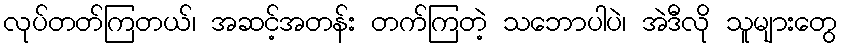
လုပ်တတ်ကြတယ်၊ အဆင့်အတန်း တက်ကြတဲ့ သဘောပါပဲ၊ အဲဒီလို သူများတွေ